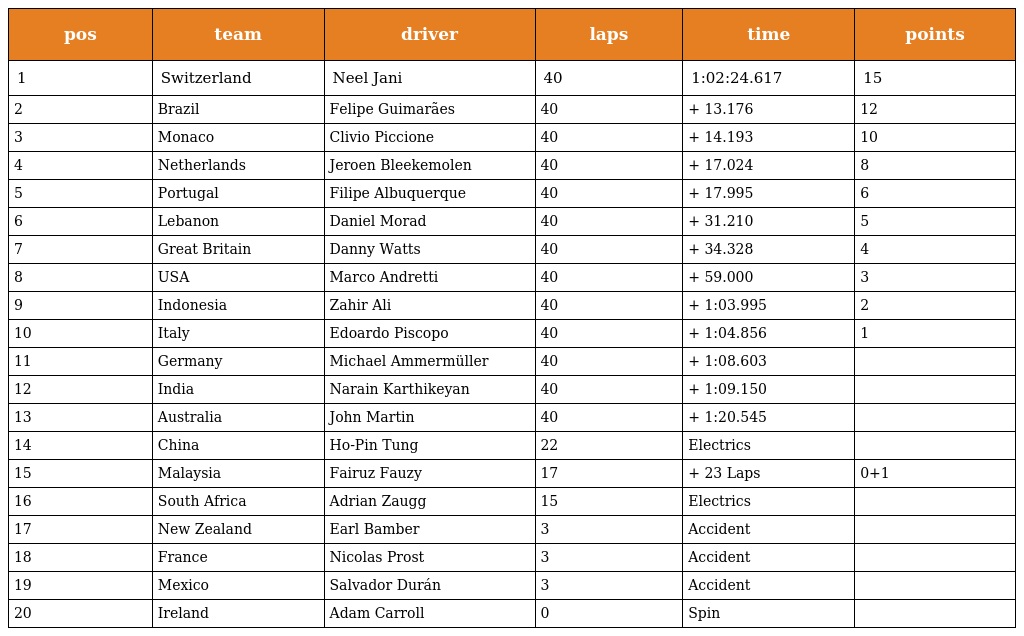
| pos | team | driver | laps | time | points |
 | --- | --- | --- | --- | --- | --- |
 | 1 | Switzerland | Neel Jani | 40 | 1:02:24.617 | 15 |
 | 2 | Brazil | Felipe Guimarães | 40 | + 13.176 | 12 |
 | 3 | Monaco | Clivio Piccione | 40 | + 14.193 | 10 |
 | 4 | Netherlands | Jeroen Bleekemolen | 40 | + 17.024 | 8 |
 | 5 | Portugal | Filipe Albuquerque | 40 | + 17.995 | 6 |
 | 6 | Lebanon | Daniel Morad | 40 | + 31.210 | 5 |
 | 7 | Great Britain | Danny Watts | 40 | + 34.328 | 4 |
 | 8 | USA | Marco Andretti | 40 | + 59.000 | 3 |
 | 9 | Indonesia | Zahir Ali | 40 | + 1:03.995 | 2 |
 | 10 | Italy | Edoardo Piscopo | 40 | + 1:04.856 | 1 |
 | 11 | Germany | Michael Ammermüller | 40 | + 1:08.603 |  |
 | 12 | India | Narain Karthikeyan | 40 | + 1:09.150 |  |
 | 13 | Australia | John Martin | 40 | + 1:20.545 |  |
 | 14 | China | Ho-Pin Tung | 22 | Electrics |  |
 | 15 | Malaysia | Fairuz Fauzy | 17 | + 23 Laps | 0+1 |
 | 16 | South Africa | Adrian Zaugg | 15 | Electrics |  |
 | 17 | New Zealand | Earl Bamber | 3 | Accident |  |
 | 18 | France | Nicolas Prost | 3 | Accident |  |
 | 19 | Mexico | Salvador Durán | 3 | Accident |  |
 | 20 | Ireland | Adam Carroll | 0 | Spin |  |